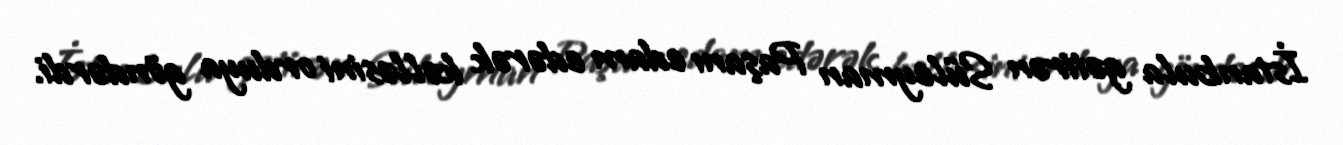
İstanbula gətirən Süleyman Paşanı edam edərək kəlləsini orduya göndərdi.